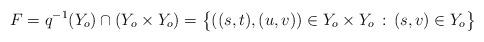
LaTeX: \begin{align*}F = q^{-1}(Y_o) \cap (Y_o \times Y_o) = \big\{ ((s,t),(u,v)) \in Y_o \times Y_o \, : \, (s,v) \in Y_o \big\} \end{align*}